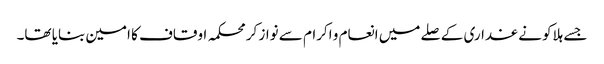
جسے ہلاکو نے غداری کے صلے میں انعام و اکرام سے نواز کر محکمہ اوقاف کا امین بنایا تھا۔